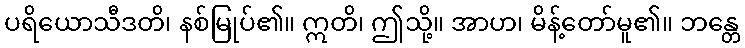
ပရိယောသီဒတိ၊ နစ်မြုပ်၏။ ဣတိ၊ ဤသို့။ အာဟ၊ မိန့်တော်မူ၏။ ဘန္တေ